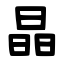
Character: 晶